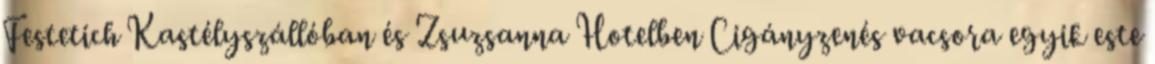
Festetich Kastélyszállóban és Zsuzsanna Hotelben Cigányzenés vacsora egyik este